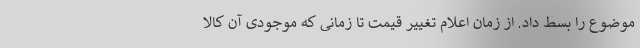
موضوع را بسط داد. از زمان اعلام تغییر قیمت تا زمانی که موجودی آن کالا